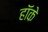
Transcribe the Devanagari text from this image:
हॉके